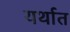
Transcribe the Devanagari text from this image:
यर्थात